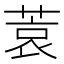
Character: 𫈮